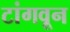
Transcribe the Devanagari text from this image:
टांगवून